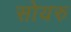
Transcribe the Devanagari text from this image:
सोयरु